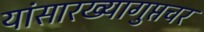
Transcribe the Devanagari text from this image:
यांसारख्यागुप्तचर